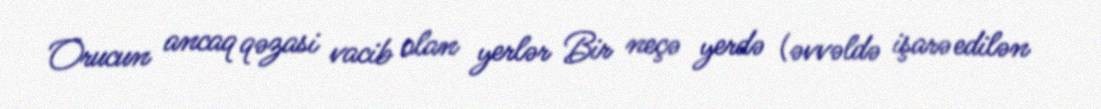
Orucun ancaq qəzasi vacib olan yerlər Bir neçə yerdə (əvvəldə işarə edilən